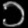
Digit: ၁